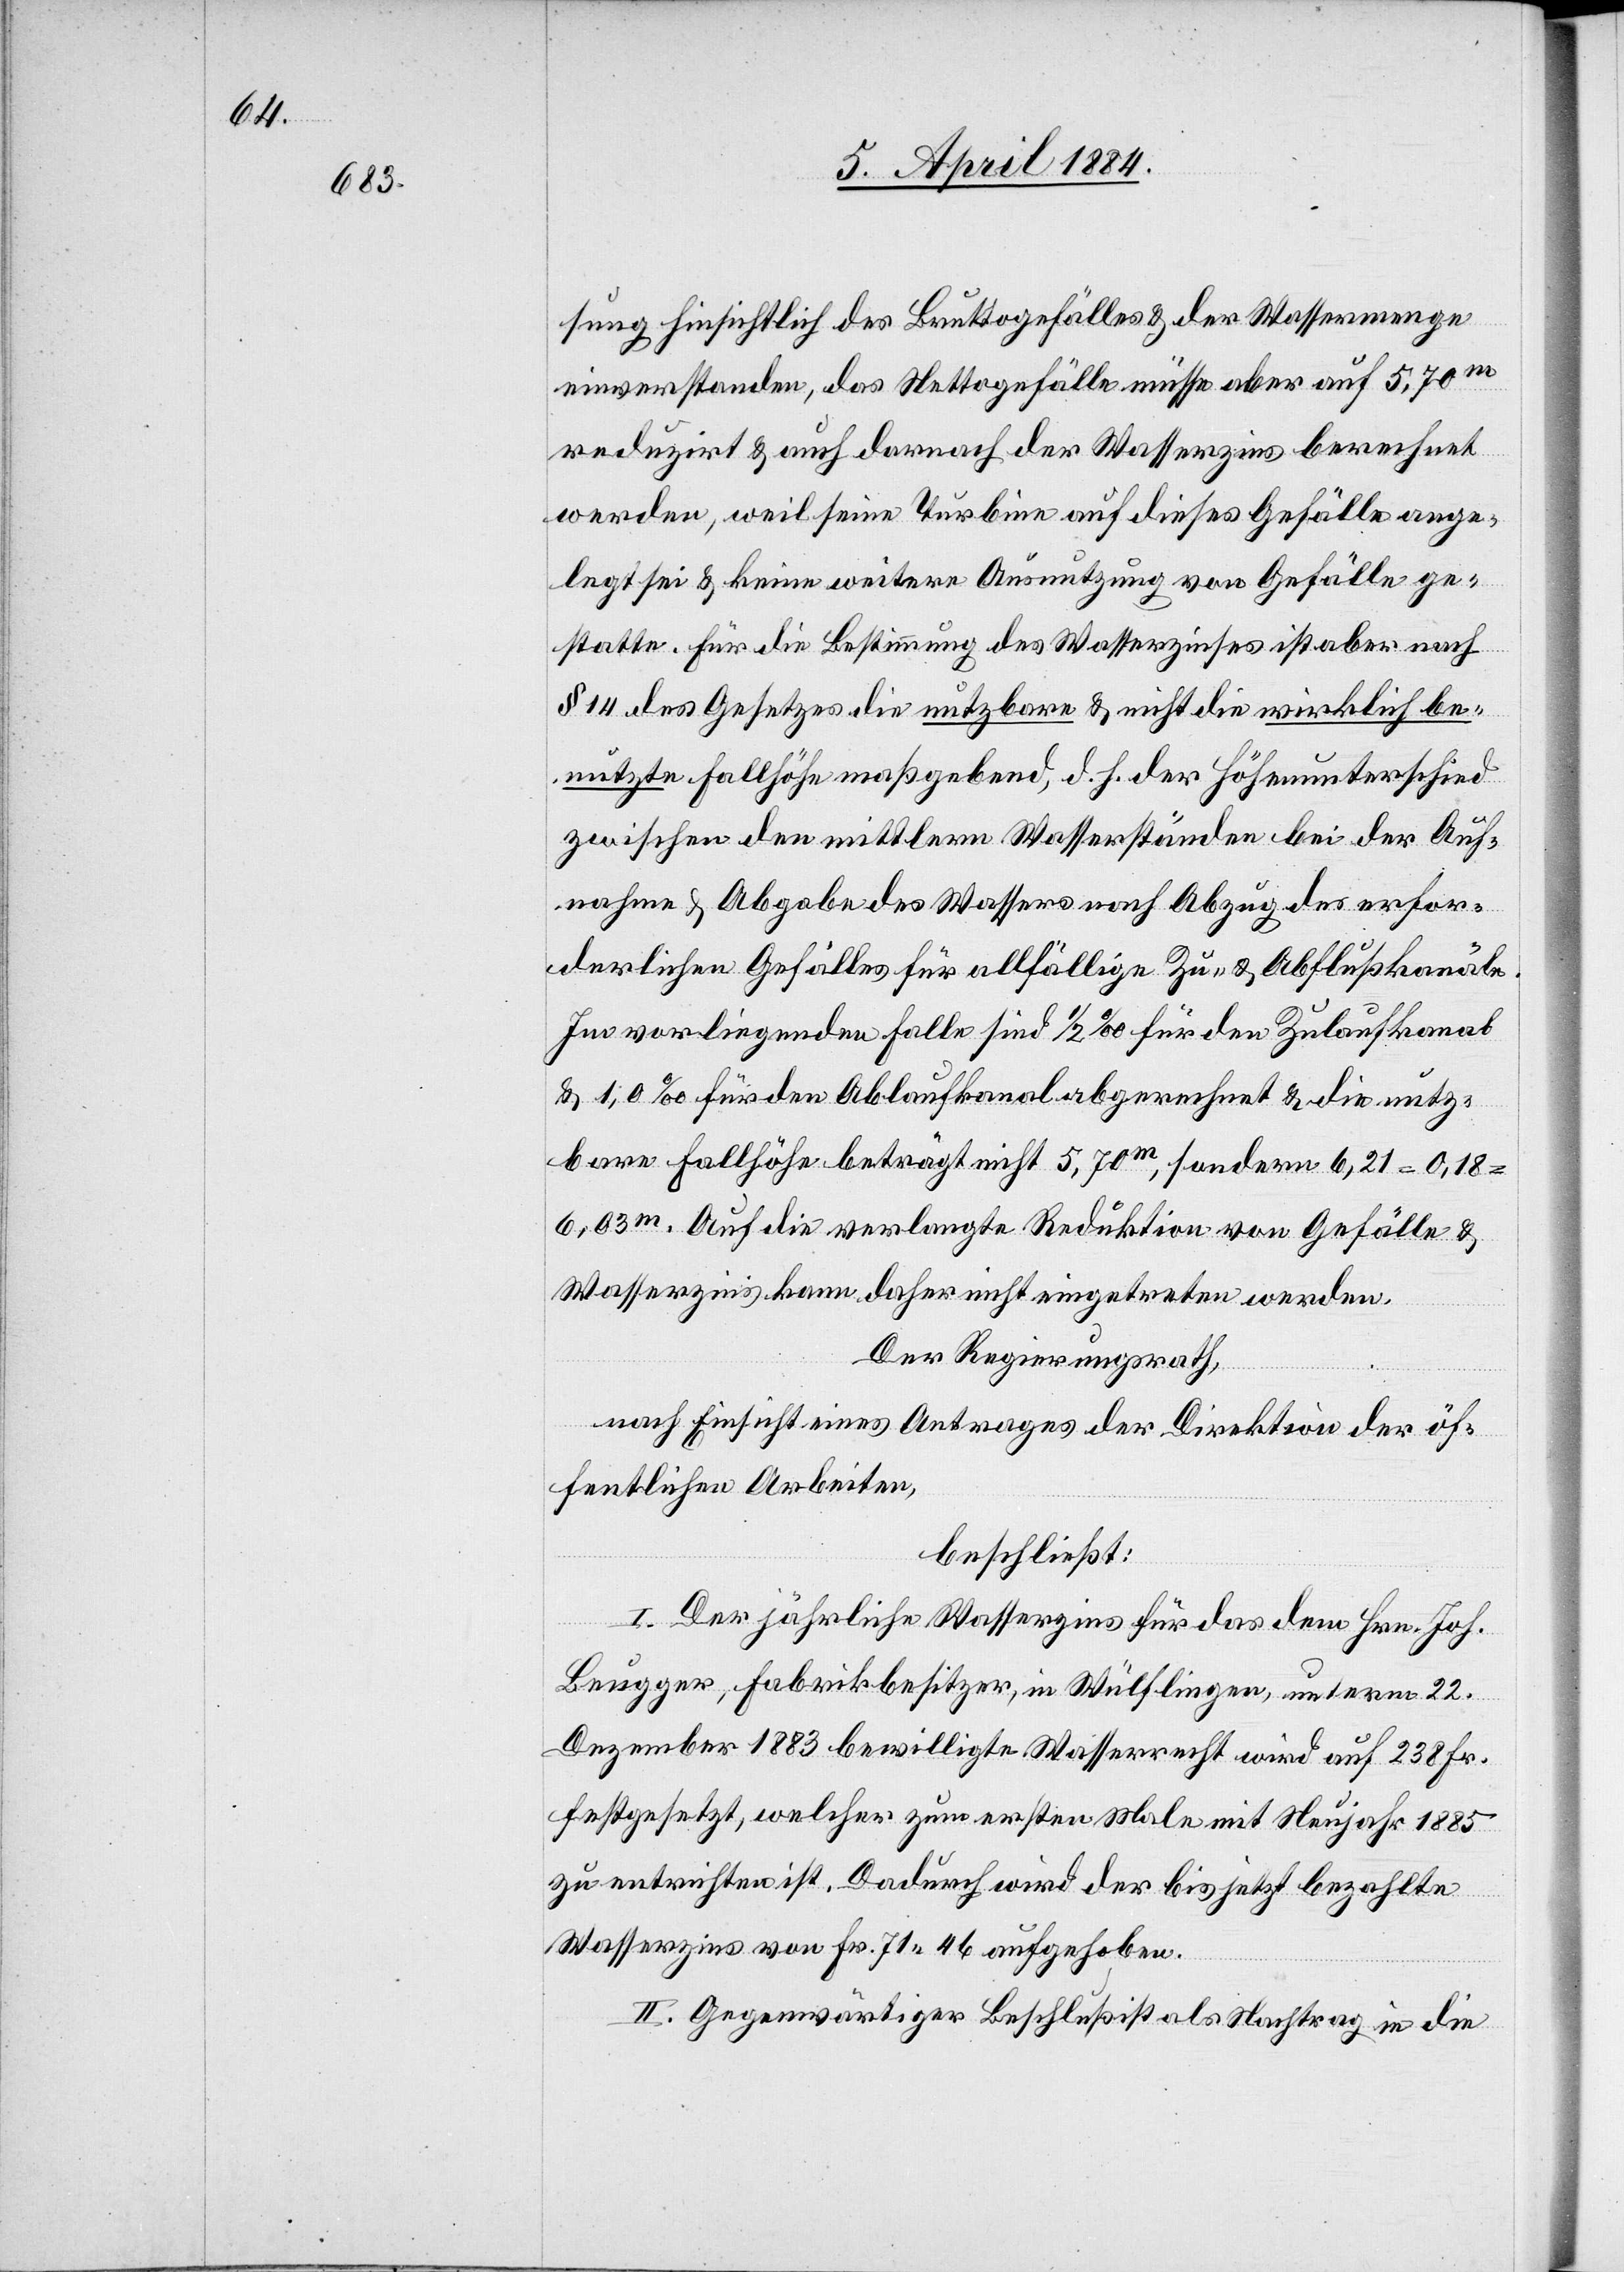
sung hinsichtlich des Bruttogefälles & der Wassermenge
einverstanden, das Nettogefälle müsse aber auf 5,70m
reduzirt & auch darnach der Wasserzins berechnet
werden, weil seine Turbine auf dieses Gefälle ange¬
legt sei & keine weitere Ausnutzung von Gefälle ge¬
statte. Für die Bestimmung des Wasserzinses ist aber nach
§ 14 des Gesetzes die nutzbare & nicht die wirkliche be¬
nutzte Fallhöhe maßgebend, d. h. der Höhenunterschied
zwischen den mittlern Wasserständen bei der Auf¬
nahme & Abgabe des Wassers nach Abzug des erfor¬
derlichen Gefälles für allfällige Zu- & Abflußkanäle.
Im vorliegenden Falle sind 1/2‰ für den Zulaufkanal
& 1,0‰ für den Ablaufkanal abgerechnet & die nutz¬
bare Fallhöhe beträgt nicht 5.70m, sondern 6,21 = 0,18
6,03m. Auf die verlangte Reduktion von Gefälle &
Wasserzins kann daher nicht eingetreten werden.
Der Regierungsrath,
nach Einsicht eines Antrages der Direktion der öf¬
fentlichen Arbeiten,
beschließt:
I. Der jährliche Wasserzins für das dem Hrn. Joh.
Beugger, Fabrikbesitzer, in Wülflingen, unterm 22.
Dezember 1883 bewilligte Wasserrecht wird auf 238 Fr.
festgesetzt, welcher zum ersten Male mit Neujahr 1885
zu entrichten ist. Dadurch wird der bis jetzt bezahlte
Wasserzins von Fr. 71 46 aufgehoben.
II. Gegenwärtiger Beschluß ist als Nachtrag in die